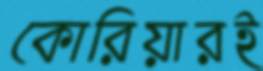
কোরিয়ারই